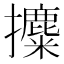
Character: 攗